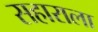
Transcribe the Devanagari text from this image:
सहाराला